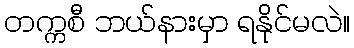
တက္ကစီ ဘယ်နားမှာ ရနိုင်မလဲ။